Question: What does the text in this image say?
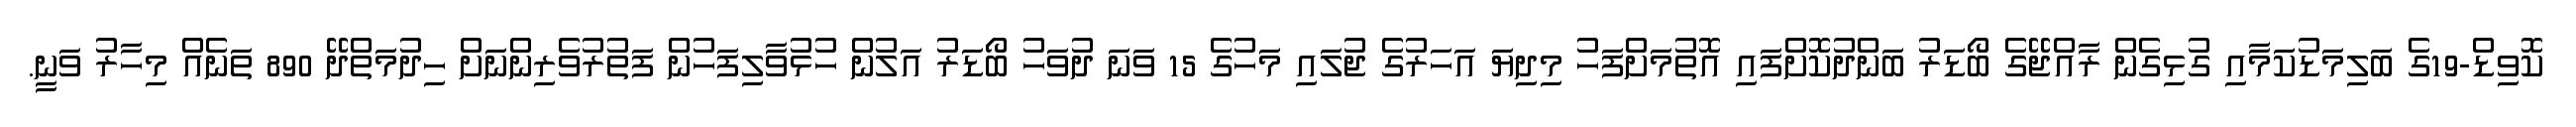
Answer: ކޮވިޑް-19ގެ ބަލިމަޑުކަމާއި ގުޅިގެން ރާއްޖޭގެ ބޯޑަރު ބަންދުކޮށްފައި އޮތުމަށްފަހު މިދިޔަ އަހަރުގެ ޖުލައި މަހުގެ 15 ވަނަ ދުވަހު ބޯޑަރު އަލުން ހުޅުވާލިފަހުން ފަތުރުވެރިންނަށް ހިދުމަތްދޭ 890 ތަނެއް މިހާރު ވަނީ.